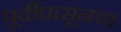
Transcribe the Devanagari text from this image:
पूर्वीपासूनचा